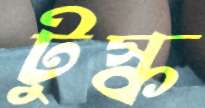
টুস্ক